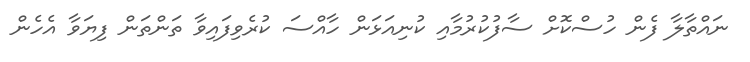
ނައްތާލާ ފެން ހުސްކޮށް ސާފުކުރުމާއި ކުނިއަޅަން ހާއްސަ ކުރެވިފައިވާ ތަންތަން ފިޔަވާ އެހެން